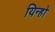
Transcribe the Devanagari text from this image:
यिन्हो